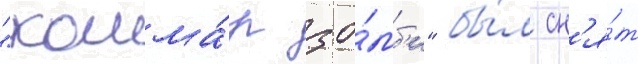
"кошма́р зо́мб'и" бы́л сн'я́т